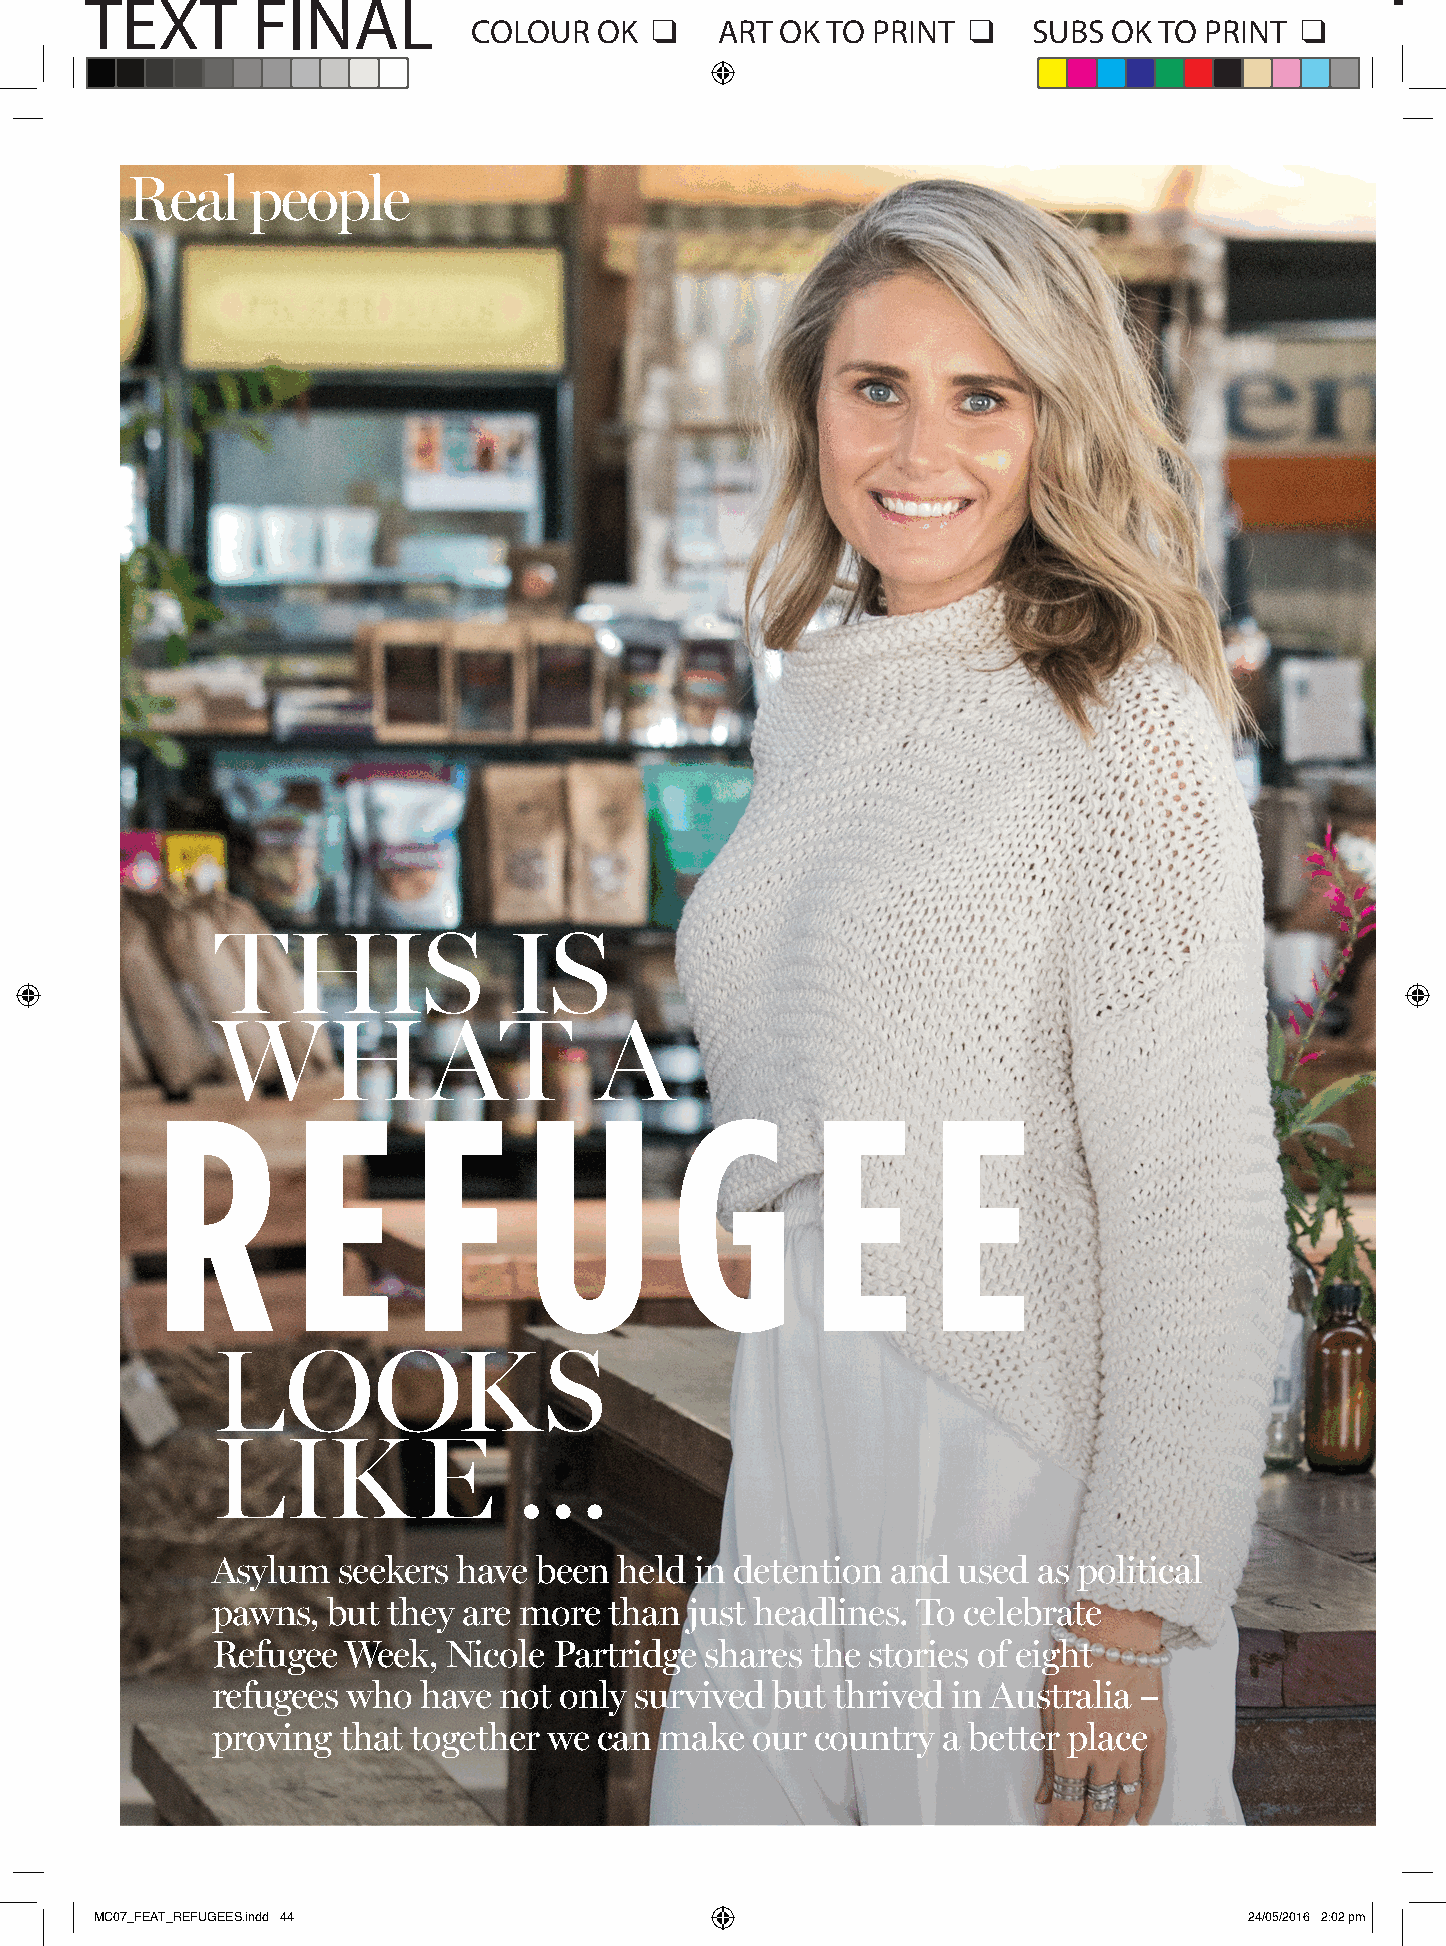
TEXT       FINAL                                                                      TEXT       FINAL
 COLOUR   OK ❑    ART OK TO PRINT ❑   SUBS  OK TO PRINT ❑                               COLOUR  OK  ❑   ART OK TO PRINT  ❑   SUBS OK TO PRINT  ❑
 Real    people
 THIS                IS
 WHAT                     A
 R         E      F       U        G         E       E
 LOOKS
 LIKE                …
 Asylum  seekers have been  held in detention and used  as political
 pawns,  but they are more than  just headlines. To celebrate
 Refugee  Week,  Nicole Partridge shares the stories of eight
 refugees who  have not only survived but thrived in Australia –
 proving that together we  can make  our country a better place
 MC07_FEAT_REFUGEES.indd 44                                                   24/05/2016 2:02 pm